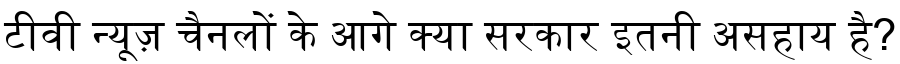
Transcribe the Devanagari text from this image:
टीवी न्यूज़ चैनलों के आगे क्या सरकार इतनी असहाय है?